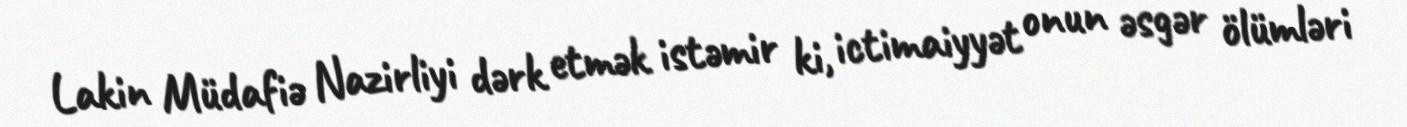
Lakin Müdafiə Nazirliyi dərk etmək istəmir ki, ictimaiyyət onun əsgər ölümləri